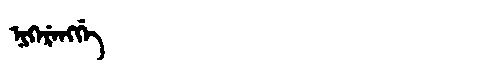
Manchu: ᠨᡳᡴᡝᡵᡝᠩᡤᡝ
Romanization: NIKERENGGE